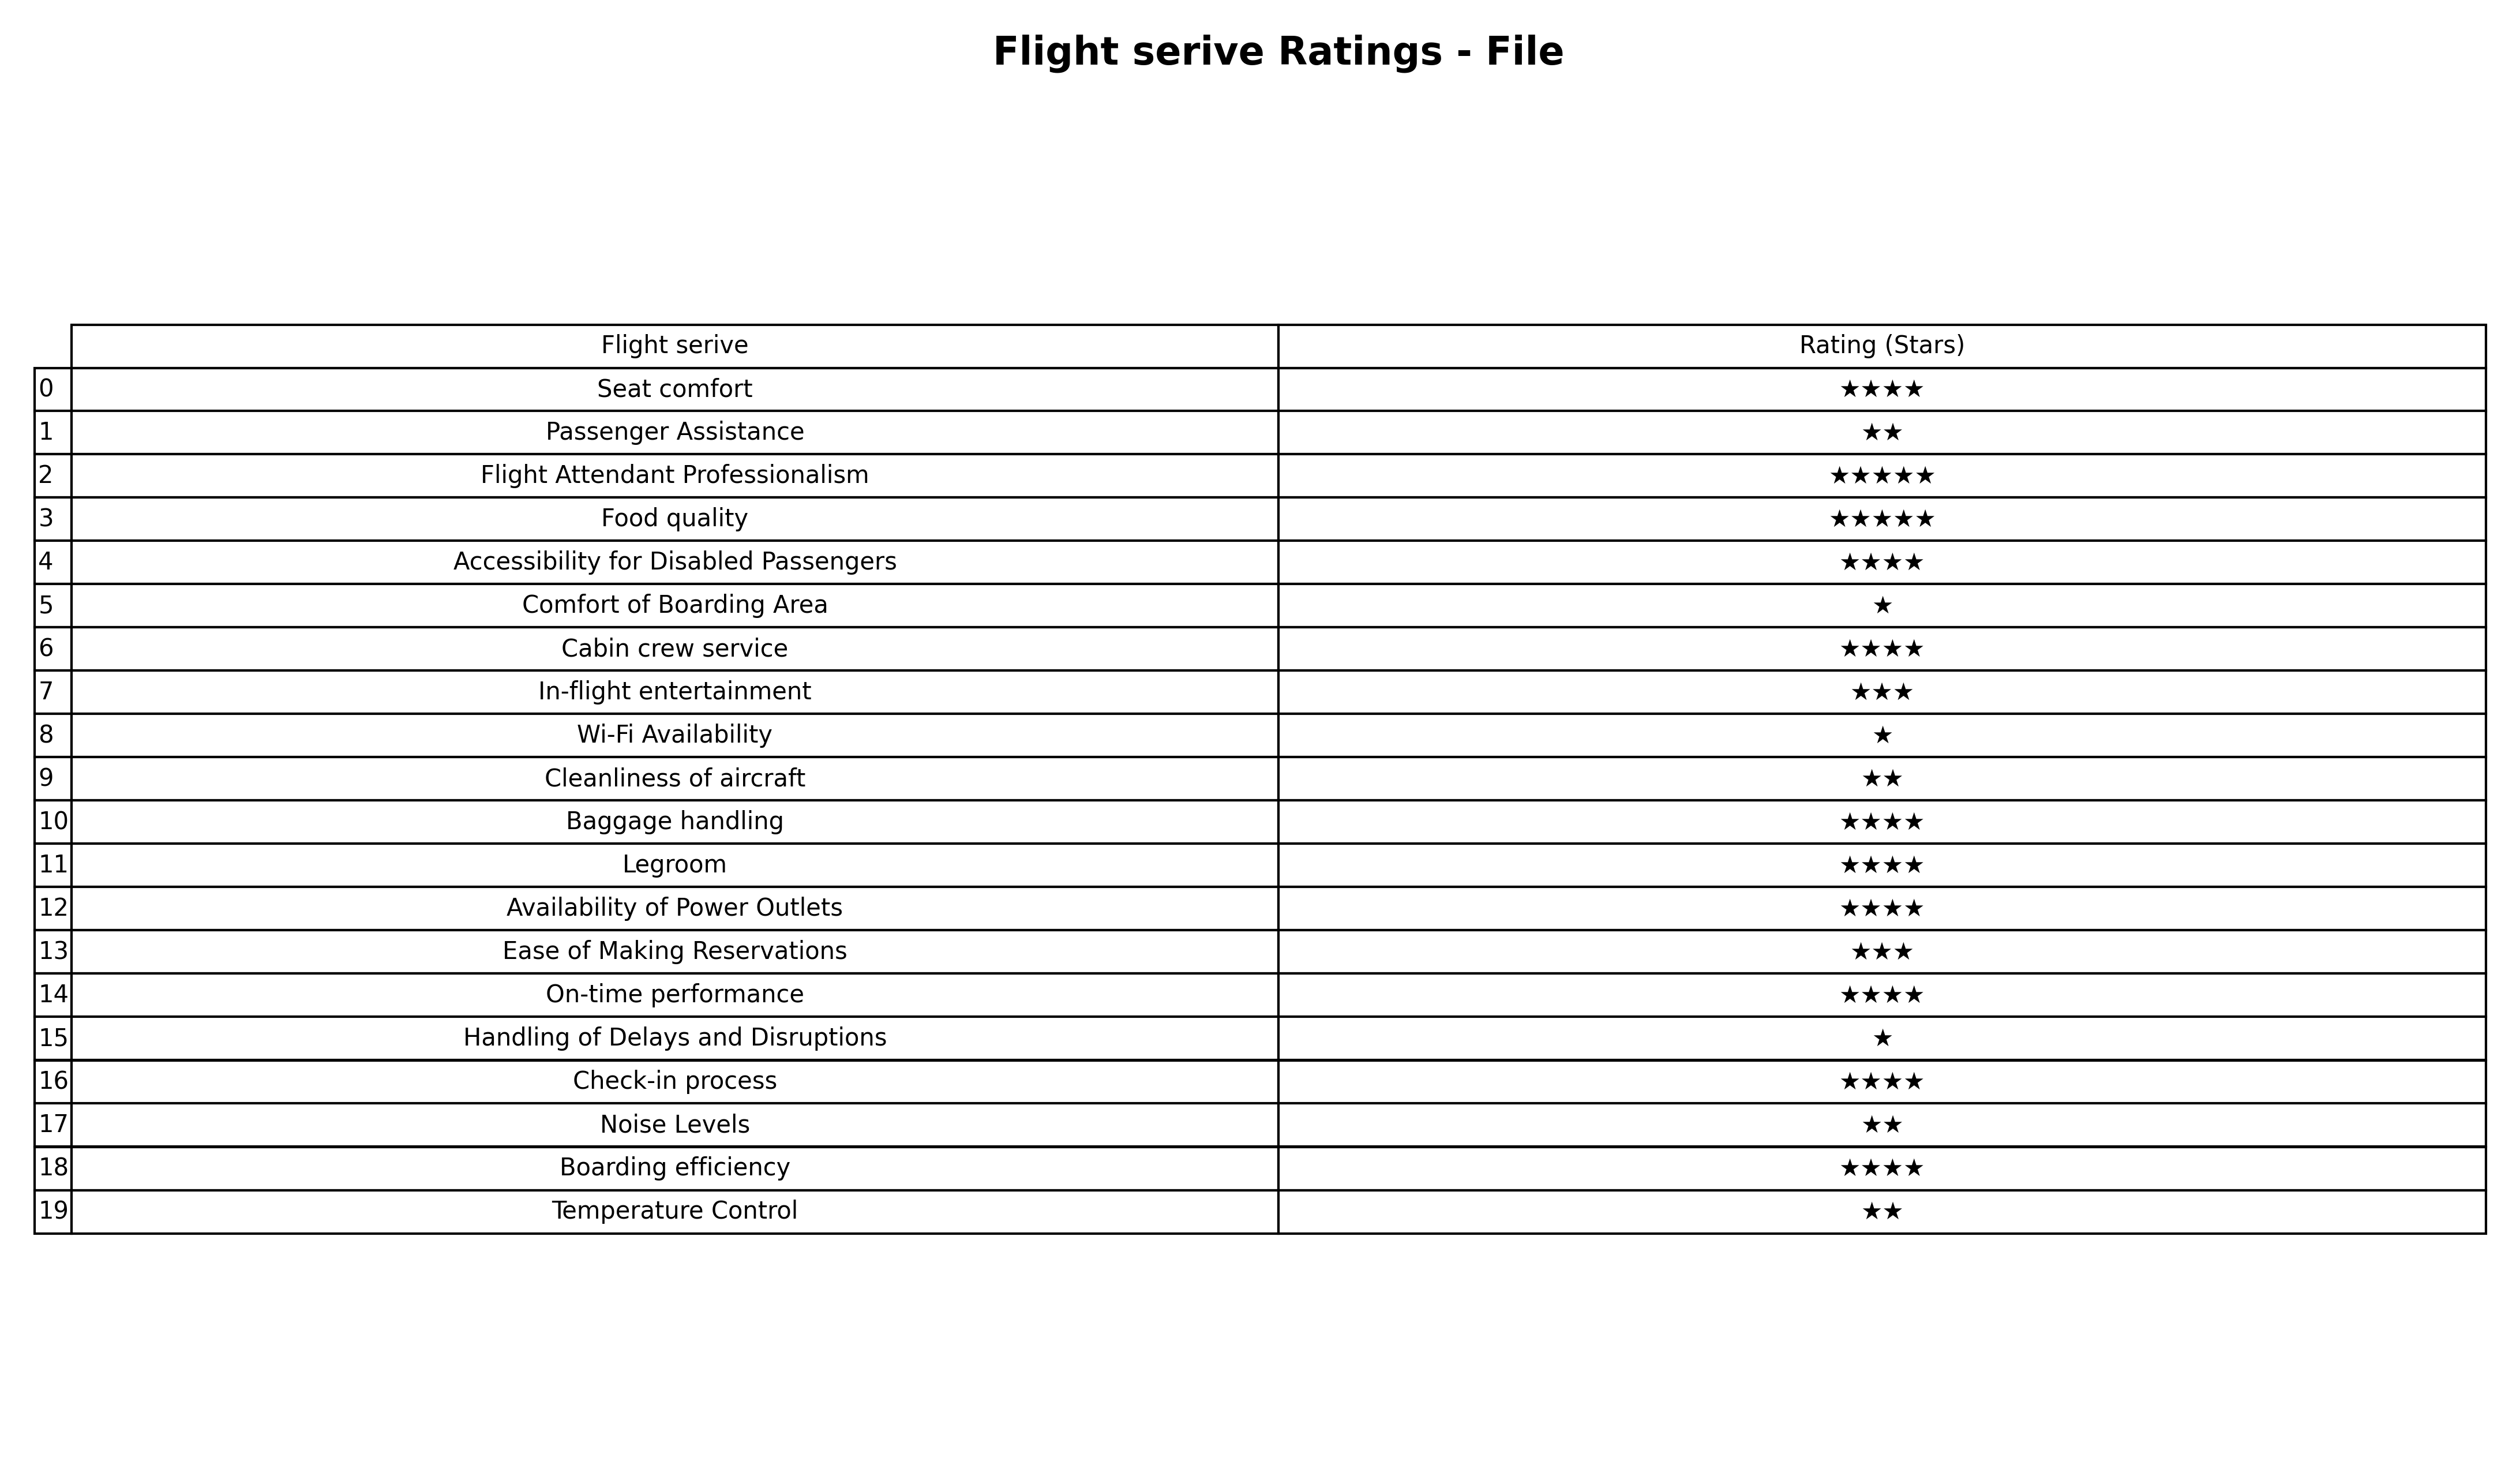
question: What is the rating of Ease of Making Reservations?
answer: ★★★